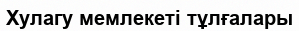
Хулагу мемлекеті тұлғалары